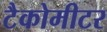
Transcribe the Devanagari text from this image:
टैकोमीटर